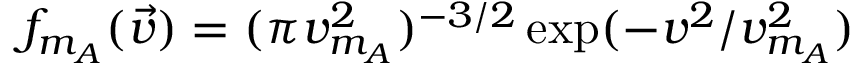
f _ { m _ { A } } ( \vec { v } ) = ( \pi v _ { m _ { A } } ^ { 2 } ) ^ { - 3 / 2 } \exp ( - v ^ { 2 } / v _ { m _ { A } } ^ { 2 } )